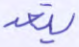
يتعد